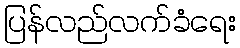
ပြန်လည်လက်ခံရေး